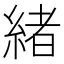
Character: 緒